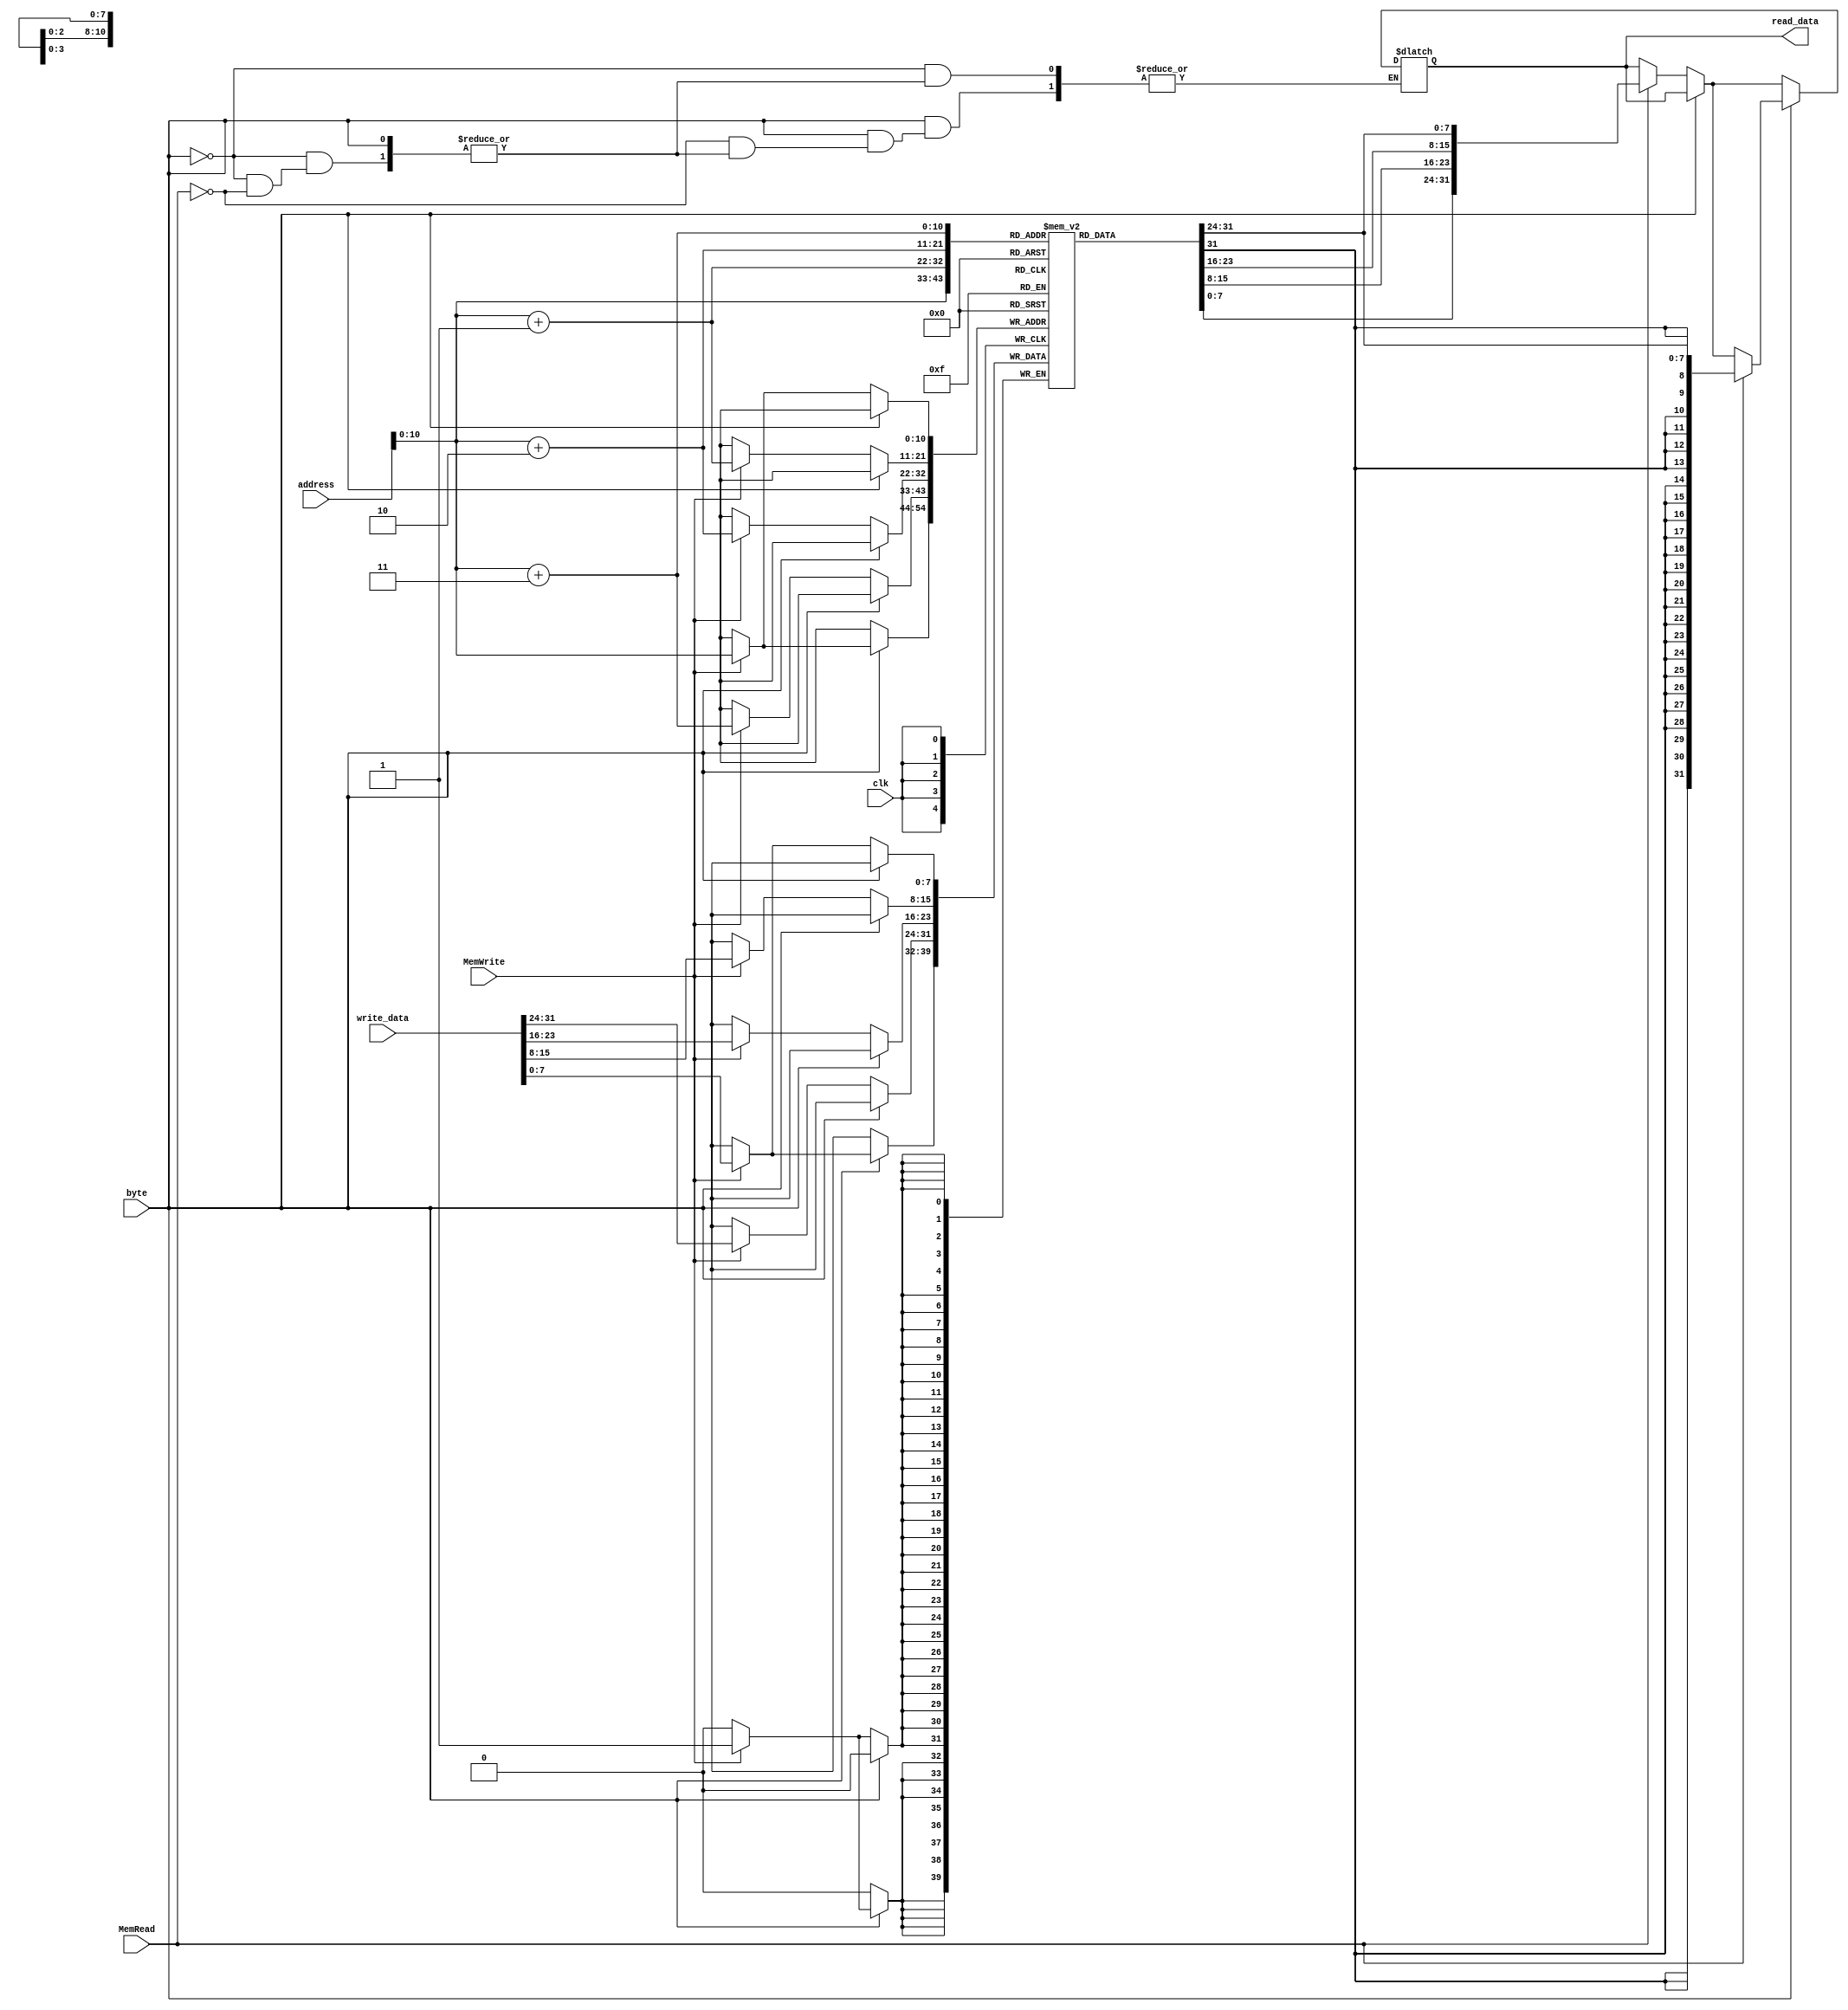
module data_memory(
 input [31:0] address, write_data,
 input MemRead, MemWrite, byte, clk,
 output reg [31:0] read_data 
);

reg [7:0] Memory [1024:0]; 
// assign Instruction_Code = {Memory[PC+3], Memory[PC+2], Memory[PC+1], Memory[PC]};

always @ (*) begin
    if(byte == 0) begin 
        if(MemRead) begin
            read_data = {Memory[address + 3], Memory[address + 2], Memory[address + 1], Memory[address]};
        end
    end
    if(byte == 1) begin
        if(MemRead) begin
            read_data = {{24{Memory[address][7]}},Memory[address]};
        end
    end
end


always @ (posedge clk) begin
    if(byte == 0) begin 
        if(MemWrite) begin
            Memory[address] = write_data[7:0];
            Memory[address + 1] = write_data[15:8];
            Memory[address + 2] = write_data[23:16];
            Memory[address + 3] = write_data[31:24];
        end
    end
    if(byte == 1) begin
        if(MemWrite) begin
            Memory[address] = write_data[7:0];
        end
    end
end

endmodule